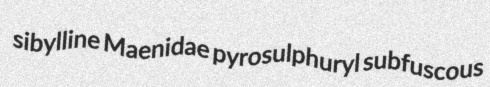
sibylline Maenidae pyrosulphuryl subfuscous